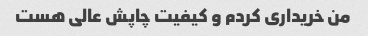
من خریداری کردم و کیفیت چاپش عالی هست